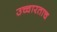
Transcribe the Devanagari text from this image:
उच्चारताच